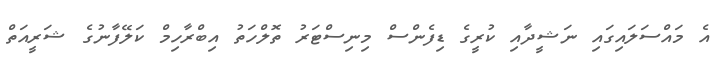
އެ މައްސަލައިގައި ނަޝީދާއި ކުރީގެ ޑިފެންސް މިނިސްޓަރު ތޮލްހަތު އިބްރާހިމް ކަލޭފާނުގެ ޝަރީއަތް